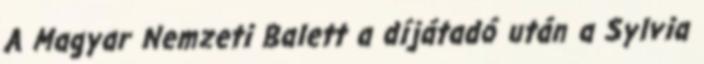
A Magyar Nemzeti Balett a díjátadó után a Sylvia